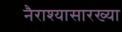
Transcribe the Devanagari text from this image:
नैराश्यासारख्या